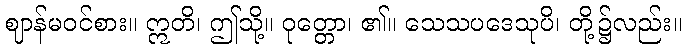
ဈာန်မဝင်စား။ ဣတိ၊ ဤသို့။ ဝုတ္တော၊ ၏။ သေသပဒေသုပိ၊ တို့၌လည်း။